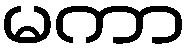
မကာ